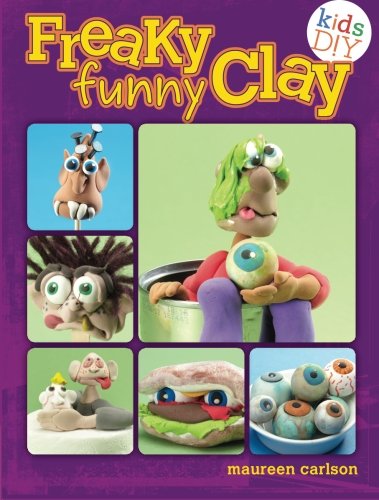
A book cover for Freaky Funny Clay (Kids DIY); Maureen Carlson; Arts & Photography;